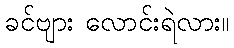
ခင်ဗျား လောင်းရဲလား။